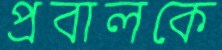
প্রবালকে